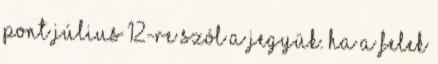
pont július 12-re szól a jegyük. Ha a felek